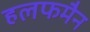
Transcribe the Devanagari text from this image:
हलफमैन